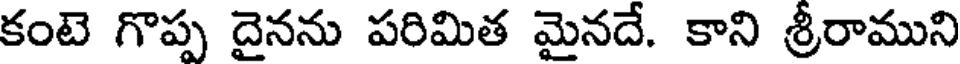
కంటె గొప్ప దైనను పరిమిత మైనదే. కాని శ్రీరాముని